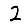
Digit: 2